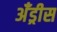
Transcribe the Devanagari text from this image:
अँड्रीस